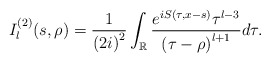
\begin{align*}I_{l}^{\left( 2\right) }(s,\rho)=\frac{1}{\left( 2i\right) ^{2}}\int_{\mathbb{R}}\frac{e^{iS(\tau,x-s)}\tau^{l-3}}{\left( \tau-\rho\right)^{l+1}}d\tau.\end{align*}